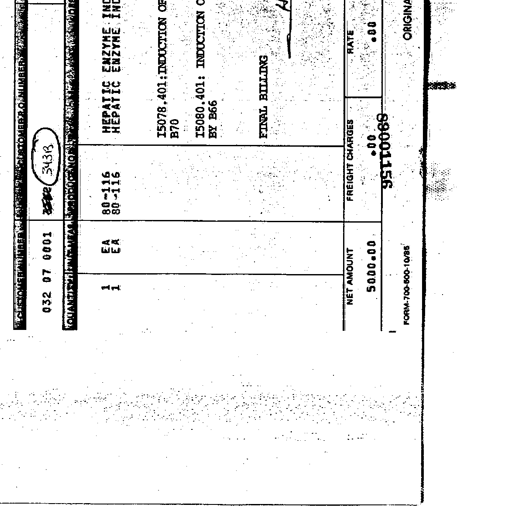
Transcript:
CUSTOMER REF NO CUSTOMER P.O. NUMBER
032 07 0001 3582 34313
QUANTITY UNIT PRODUCT NO. DESCRIPTION
1 EA 80-116 HEPATIC ENZYME INDUCTION OF
1 EA 80-116 HEPATIC ENZYME INDUCTION
I5078.401: INDUCTION OF
B70
I5080.401: INDUCTION
BY B66
FINAL BILLING
NET AMOUNT FREIGHT CHARGES RATE
5000.00 .00 .00
95110068 .00
FORM-700-500-10/85